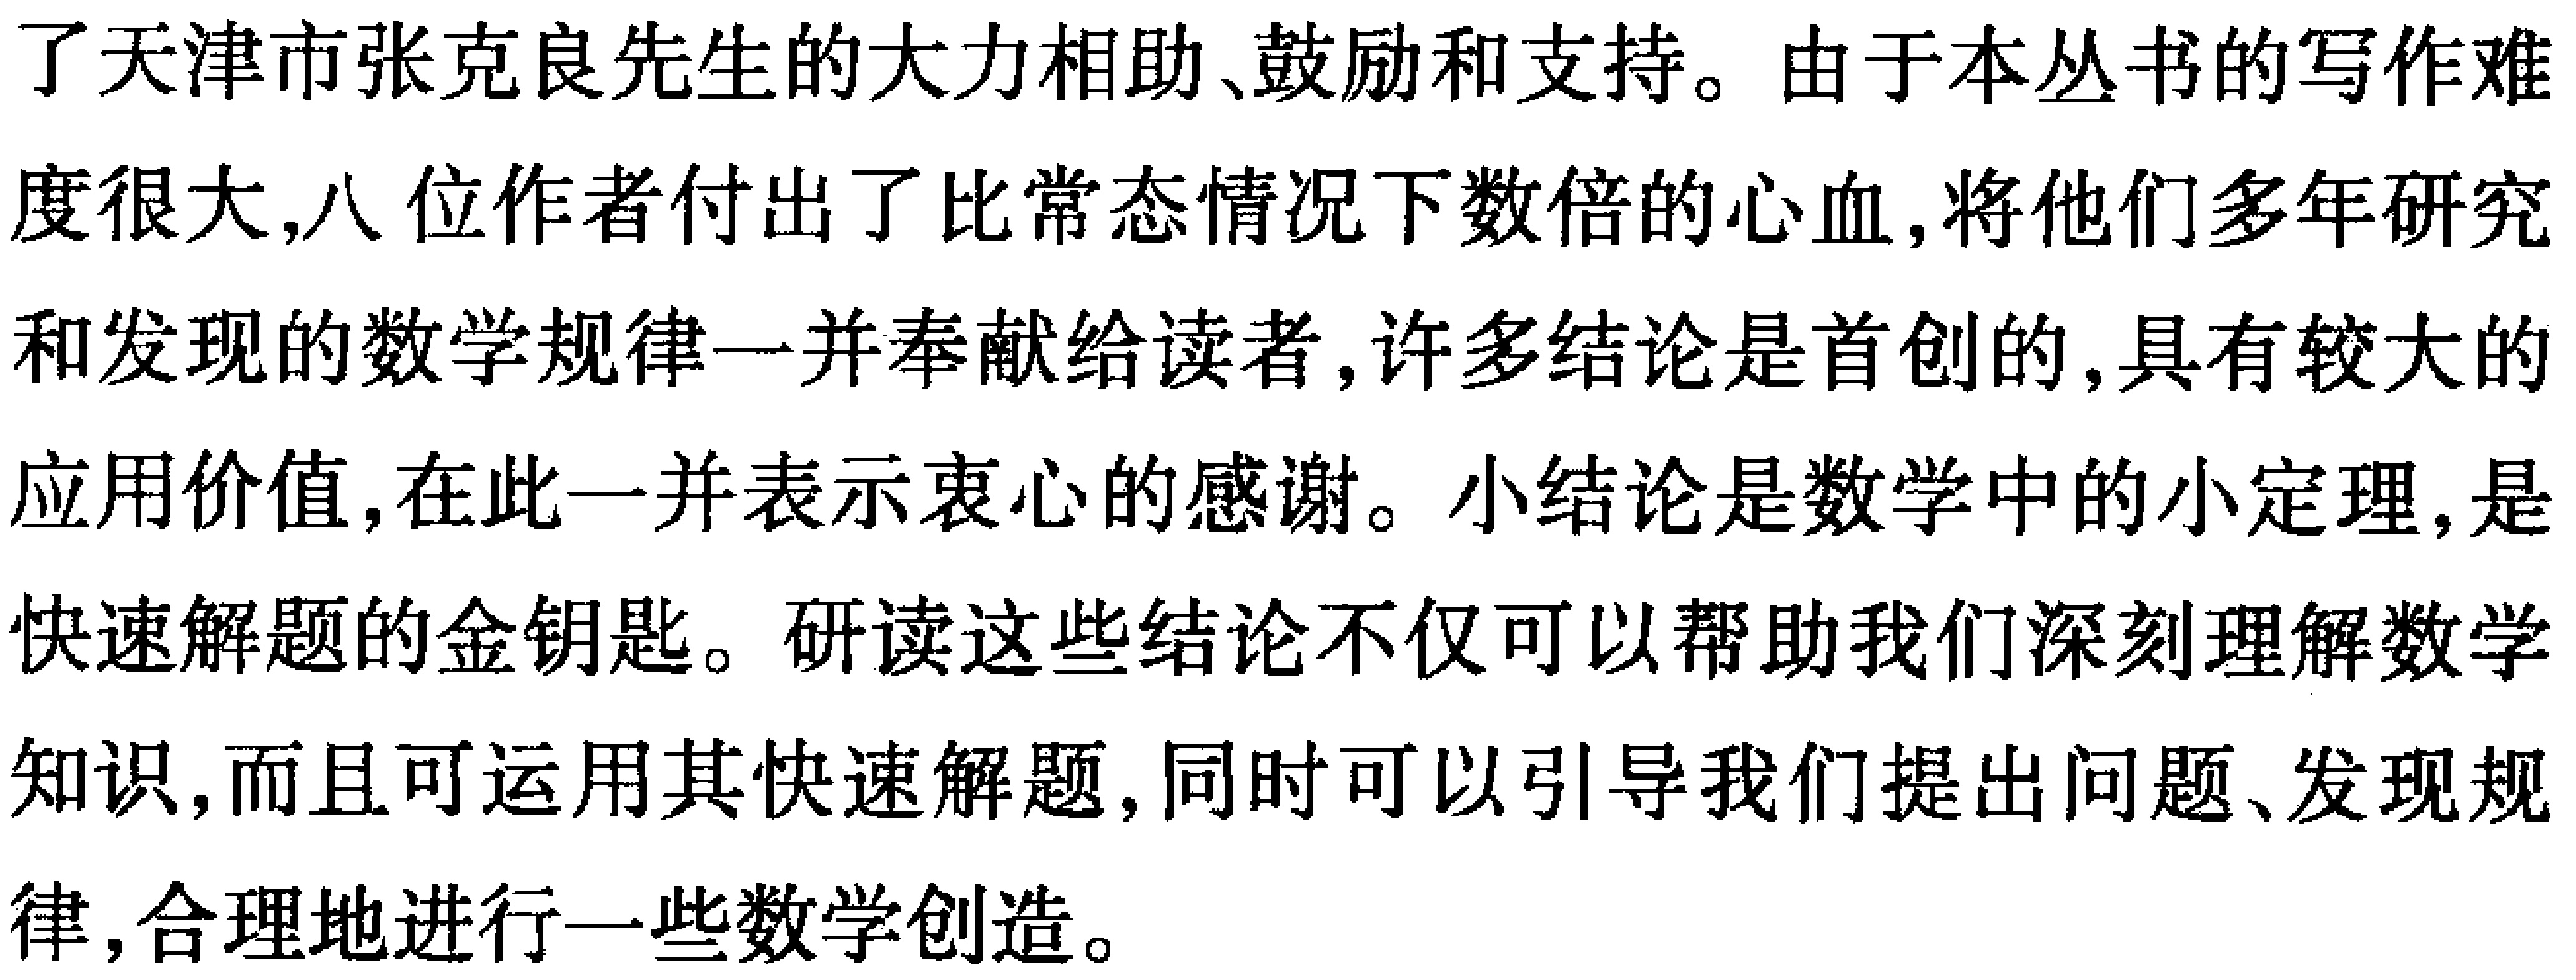
了天津市张克良先生的大力相助、鼓励和支持。由于本丛书的写作难度很大,八位作者付出了比常态情况下数倍的心血,将他们多年研究和发现的数学规律一并奉献给读者,许多结论是首创的,具有较大的应用价值,在此一并表示衷心的感谢。小结论是数学中的小定理,是快速解题的金钥匙。研读这些结论不仅可以帮助我们深刻理解数学知识,而且可运用其快速解题,同时可以引导我们提出问题、发现规律,合理地进行一些数学创造。